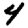
Digit: 4